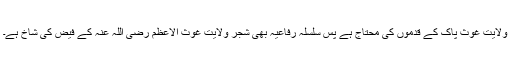
ولایت غوث پاک کے قدموں کی محتاج ہے پس سلسلہ رفاعیہ بھی شجر ولایت غوث الاعظم رضی اللہ عنہ کے فیض کی شاخ ہے۔